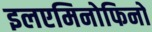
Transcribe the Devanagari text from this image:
इलएमिनोफिनो